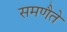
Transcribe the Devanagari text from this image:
समणैते